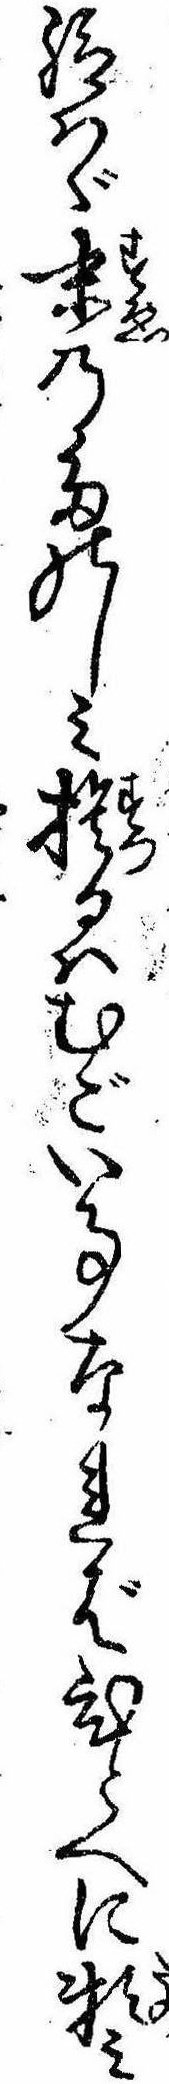
給はゞ末のたのしみ捨るはむごい事なればひとへに頼み